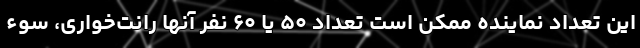
این تعداد نماینده ممکن است تعداد ۵۰ یا ۶۰ نفر آنها رانت‌خواری، ‌سوء